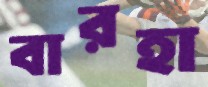
বারহা